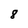
Character: 8